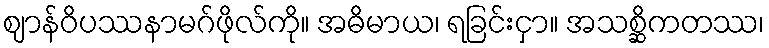
ဈာန်ဝိပဿနာမဂ်ဖိုလ်ကို။ အဓိမာယ၊ ရခြင်းငှာ။ အသစ္ဆိကတဿ၊